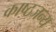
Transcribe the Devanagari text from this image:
काष्ठजन्य